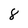
Character: 8